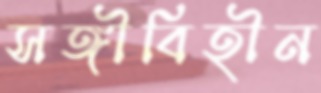
সঙ্গীবিহীন